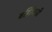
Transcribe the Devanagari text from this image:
बहिरेवाडी